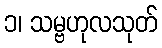
၁၊ သမ္ဗဟုလသုတ်